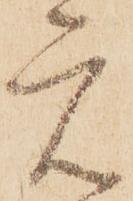
元